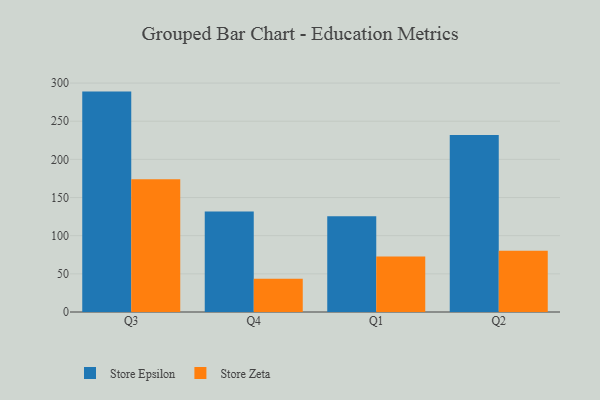
{"axis": {"x": "Quarter", "y": "Revenue (USD Million)"}, "legend": ["Store Epsilon", "Store Zeta"], "data": [{"x": "Q3", "y": 288.8, "type": "Store Epsilon"}, {"x": "Q3", "y": 174.0, "type": "Store Zeta"}, {"x": "Q4", "y": 131.6, "type": "Store Epsilon"}, {"x": "Q4", "y": 43.6, "type": "Store Zeta"}, {"x": "Q1", "y": 125.4, "type": "Store Epsilon"}, {"x": "Q1", "y": 72.8, "type": "Store Zeta"}, {"x": "Q2", "y": 231.9, "type": "Store Epsilon"}, {"x": "Q2", "y": 80.2, "type": "Store Zeta"}]}